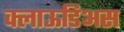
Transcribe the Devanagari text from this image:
क्लाऊडिअस